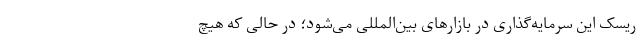
ریسک این سرمایه‌گذاری در بازارهای بین‌المللی می‌شود؛ در حالی که هیچ